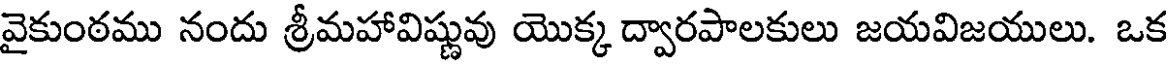
వైకుంఠము నందు శ్రీమహావిష్ణువు యొక్క ద్వారపాలకులు జయవిజయులు. ఒక